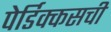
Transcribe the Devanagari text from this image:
पेर्डिक्कसची